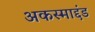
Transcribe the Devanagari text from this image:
अकस्माद्दंड